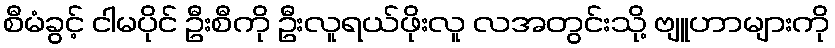
စီမံခွင့် ငါမပိုင် ဦးစီကို ဦးလူရယ်ဖိုးလူ လအတွင်းသို့ ဗျူဟာများကို